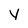
Character: y